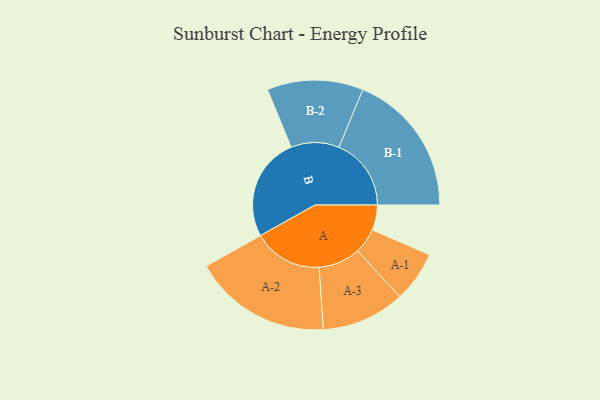
{"axis": {"x": "Segment", "y": "Value"}, "legend": ["", "A", "B"], "data": [{"x": "A", "y": 103, "type": ""}, {"x": "B", "y": 425, "type": ""}, {"x": "A-1", "y": 104, "type": "A"}, {"x": "A-2", "y": 283, "type": "A"}, {"x": "A-3", "y": 171, "type": "A"}, {"x": "B-1", "y": 296, "type": "B"}, {"x": "B-2", "y": 197, "type": "B"}]}